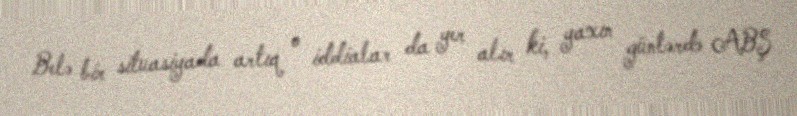
Belə bir situasiyada artıq o iddialar da yer alır ki, yaxın günlərdə ABŞ